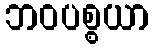
ဘဝပစ္စယာ